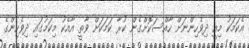
އެކަމަކު މިއީ ދިވެހިންނަށް ހާއްސަކޮށްގެން ކުރާ ކަމަކަށް ވާތީ އާއެކު މިކަމުގައި ދިވެހިންގެ